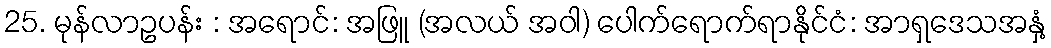
25. မုန်လာဥပန်း : အရောင်: အဖြူ (အလယ် အဝါ) ပေါက်ရောက်ရာနိုင်ငံ: အာရှဒေသအနှံ့